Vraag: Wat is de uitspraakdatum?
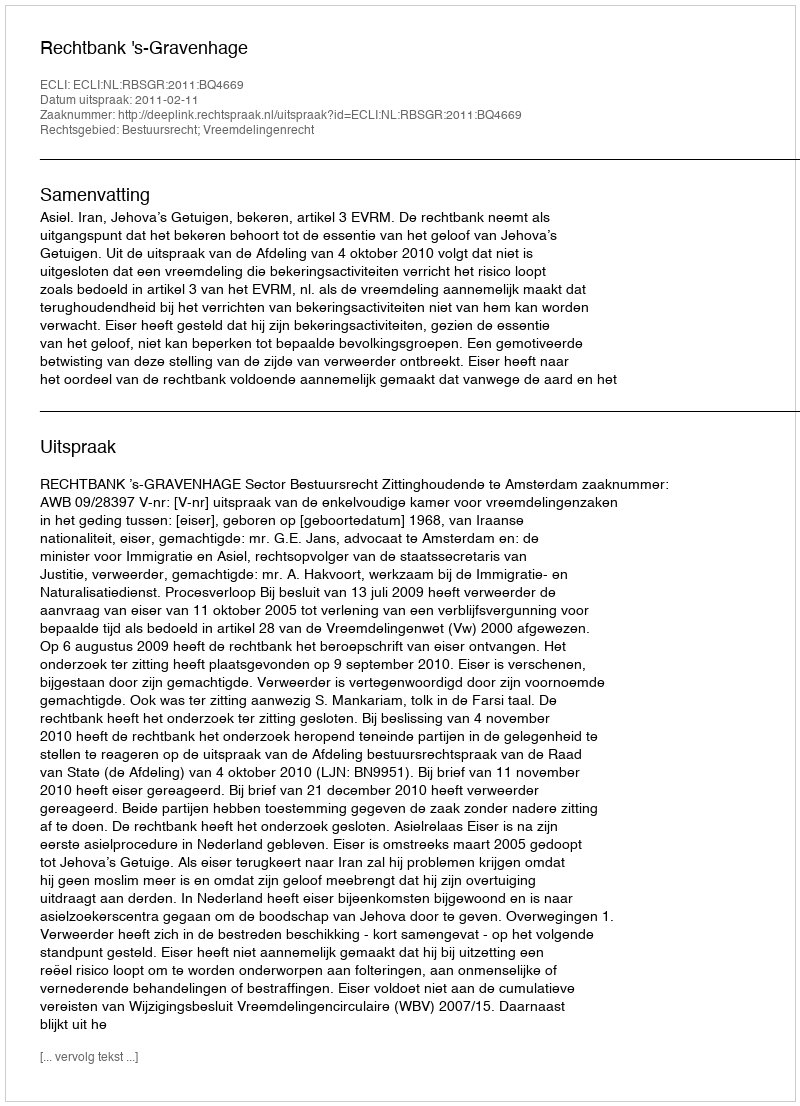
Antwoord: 2011-02-11